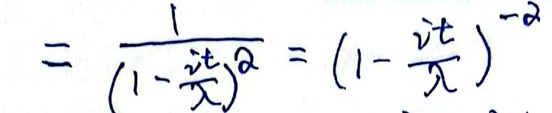
\[
= \frac{1}{(1 - \frac{it}{x})^2} = (1 - \frac{it}{x})^{-2}
\]